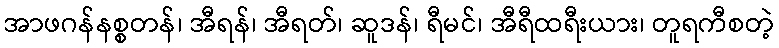
အာဖဂန်နစ္စတန်၊ အီရန်၊ အီရတ်၊ ဆူဒန်၊ ရီမင်၊ အီရီထရီးယား၊ တူရကီစတဲ့